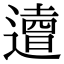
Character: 𨗣